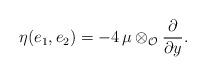
LaTeX: \begin{align*} \eta(e_1,e_2)=-4\,\mu\otimes_\mathcal O \dfrac{\partial}{\partial y}.\end{align*}